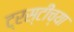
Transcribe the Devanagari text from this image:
ट्रस्टींच्या